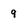
Character: 9